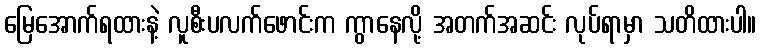
မြေအောက်ရထားနဲ့ လူစီးပလက်ဖောင်းက ကွာနေလို့ အတက်အဆင်း လုပ်ရာမှာ သတိထားပါ။